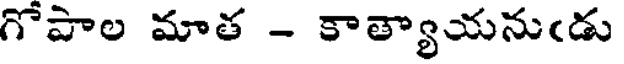
గోపాల మాత - కాత్యాయనుఁడు